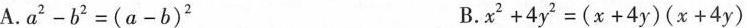
A.$$a _ { 2 } - b ^ { 2 } = ( a - b ) ^ { 2 }$$ B.$$x ^ { 2 } + 4 y ^ { 2 } = ( x + 4 y ) ( x + 4 y )$$